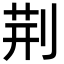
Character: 荆